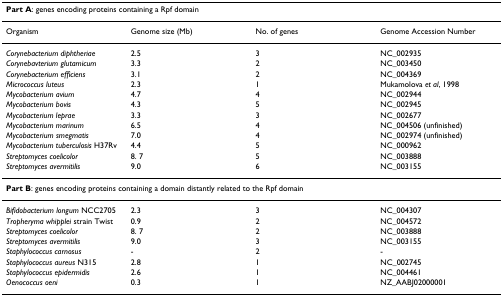
<table><thead><tr><td colspan="4"><b>Part A: genes encoding proteins containing a Rpf domain</b></td></tr></thead><tbody><tr><td>Organism</td><td>Genome size (Mb)</td><td>No. of genes</td><td>Genome Accession Number</td></tr><tr><td><i>Corynebacterium diphtheriae</i></td><td>2.5</td><td>3</td><td>NC_002935</td></tr><tr><td><i>Corynebavterium glutamicum</i></td><td>3.3</td><td>2</td><td>NC_003450</td></tr><tr><td><i>Corynebacterium efficiens</i></td><td>3.1</td><td>2</td><td>NC_004369</td></tr><tr><td><i>Micrococcus luteus</i></td><td>2.3</td><td>1</td><td>Mukamolova <i>et al</i>, 1998</td></tr><tr><td><i>Mycobacterium avium</i></td><td>4.7</td><td>4</td><td>NC_002944</td></tr><tr><td><i>Mycobacterium bovis</i></td><td>4.3</td><td>5</td><td>NC_002945</td></tr><tr><td><i>Mycobacterium leprae</i></td><td>3.3</td><td>3</td><td>NC_002677</td></tr><tr><td><i>Mycobacterium marinum</i></td><td>6.5</td><td>4</td><td>NC_004506 (unfinished)</td></tr><tr><td><i>Mycobacterium smegmatis</i></td><td>7.0</td><td>4</td><td>NC_002974 (unfinished)</td></tr><tr><td><i>Mycobacterium tuberculosis </i>H37Rv</td><td>4.4</td><td>5</td><td>NC_000962</td></tr><tr><td><i>Streptomyces coelicolor</i></td><td>8. 7</td><td>5</td><td>NC_003888</td></tr><tr><td><i>Streptomyces avermitilis</i></td><td>9.0</td><td>6</td><td>NC_003155</td></tr><tr><td colspan="4"><b>Part B</b>: genes encoding proteins containing a domain distantly related to the Rpf domain</td></tr><tr><td><i>Bifidobacterium longum </i>NCC2705</td><td>2.3</td><td>3</td><td>NC_004307</td></tr><tr><td><i>Tropheryma whipplei </i>strain Twist</td><td>0.9</td><td>2</td><td>NC_004572</td></tr><tr><td><i>Streptomyces coelicolor</i></td><td>8. 7</td><td>2</td><td>NC_003888</td></tr><tr><td><i>Streptomyces avermitilis</i></td><td>9.0</td><td>3</td><td>NC_003155</td></tr><tr><td><i>Staphylococcus carnosus</i></td><td>-</td><td>2</td><td>-</td></tr><tr><td><i>Staphylococcus aureus </i>N315</td><td>2.8</td><td>1</td><td>NC_002745</td></tr><tr><td><i>Staphylococcus epidermidis</i></td><td>2.6</td><td>1</td><td>NC_004461</td></tr><tr><td><i>Oenococcus oeni</i></td><td>0.3</td><td>1</td><td>NZ_AABJ02000001</td></tr></tbody></table>